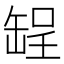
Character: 𫄺